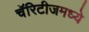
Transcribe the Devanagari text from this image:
चॅरिटीजमध्ये